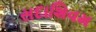
સદાશિવમ